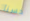
حسنا